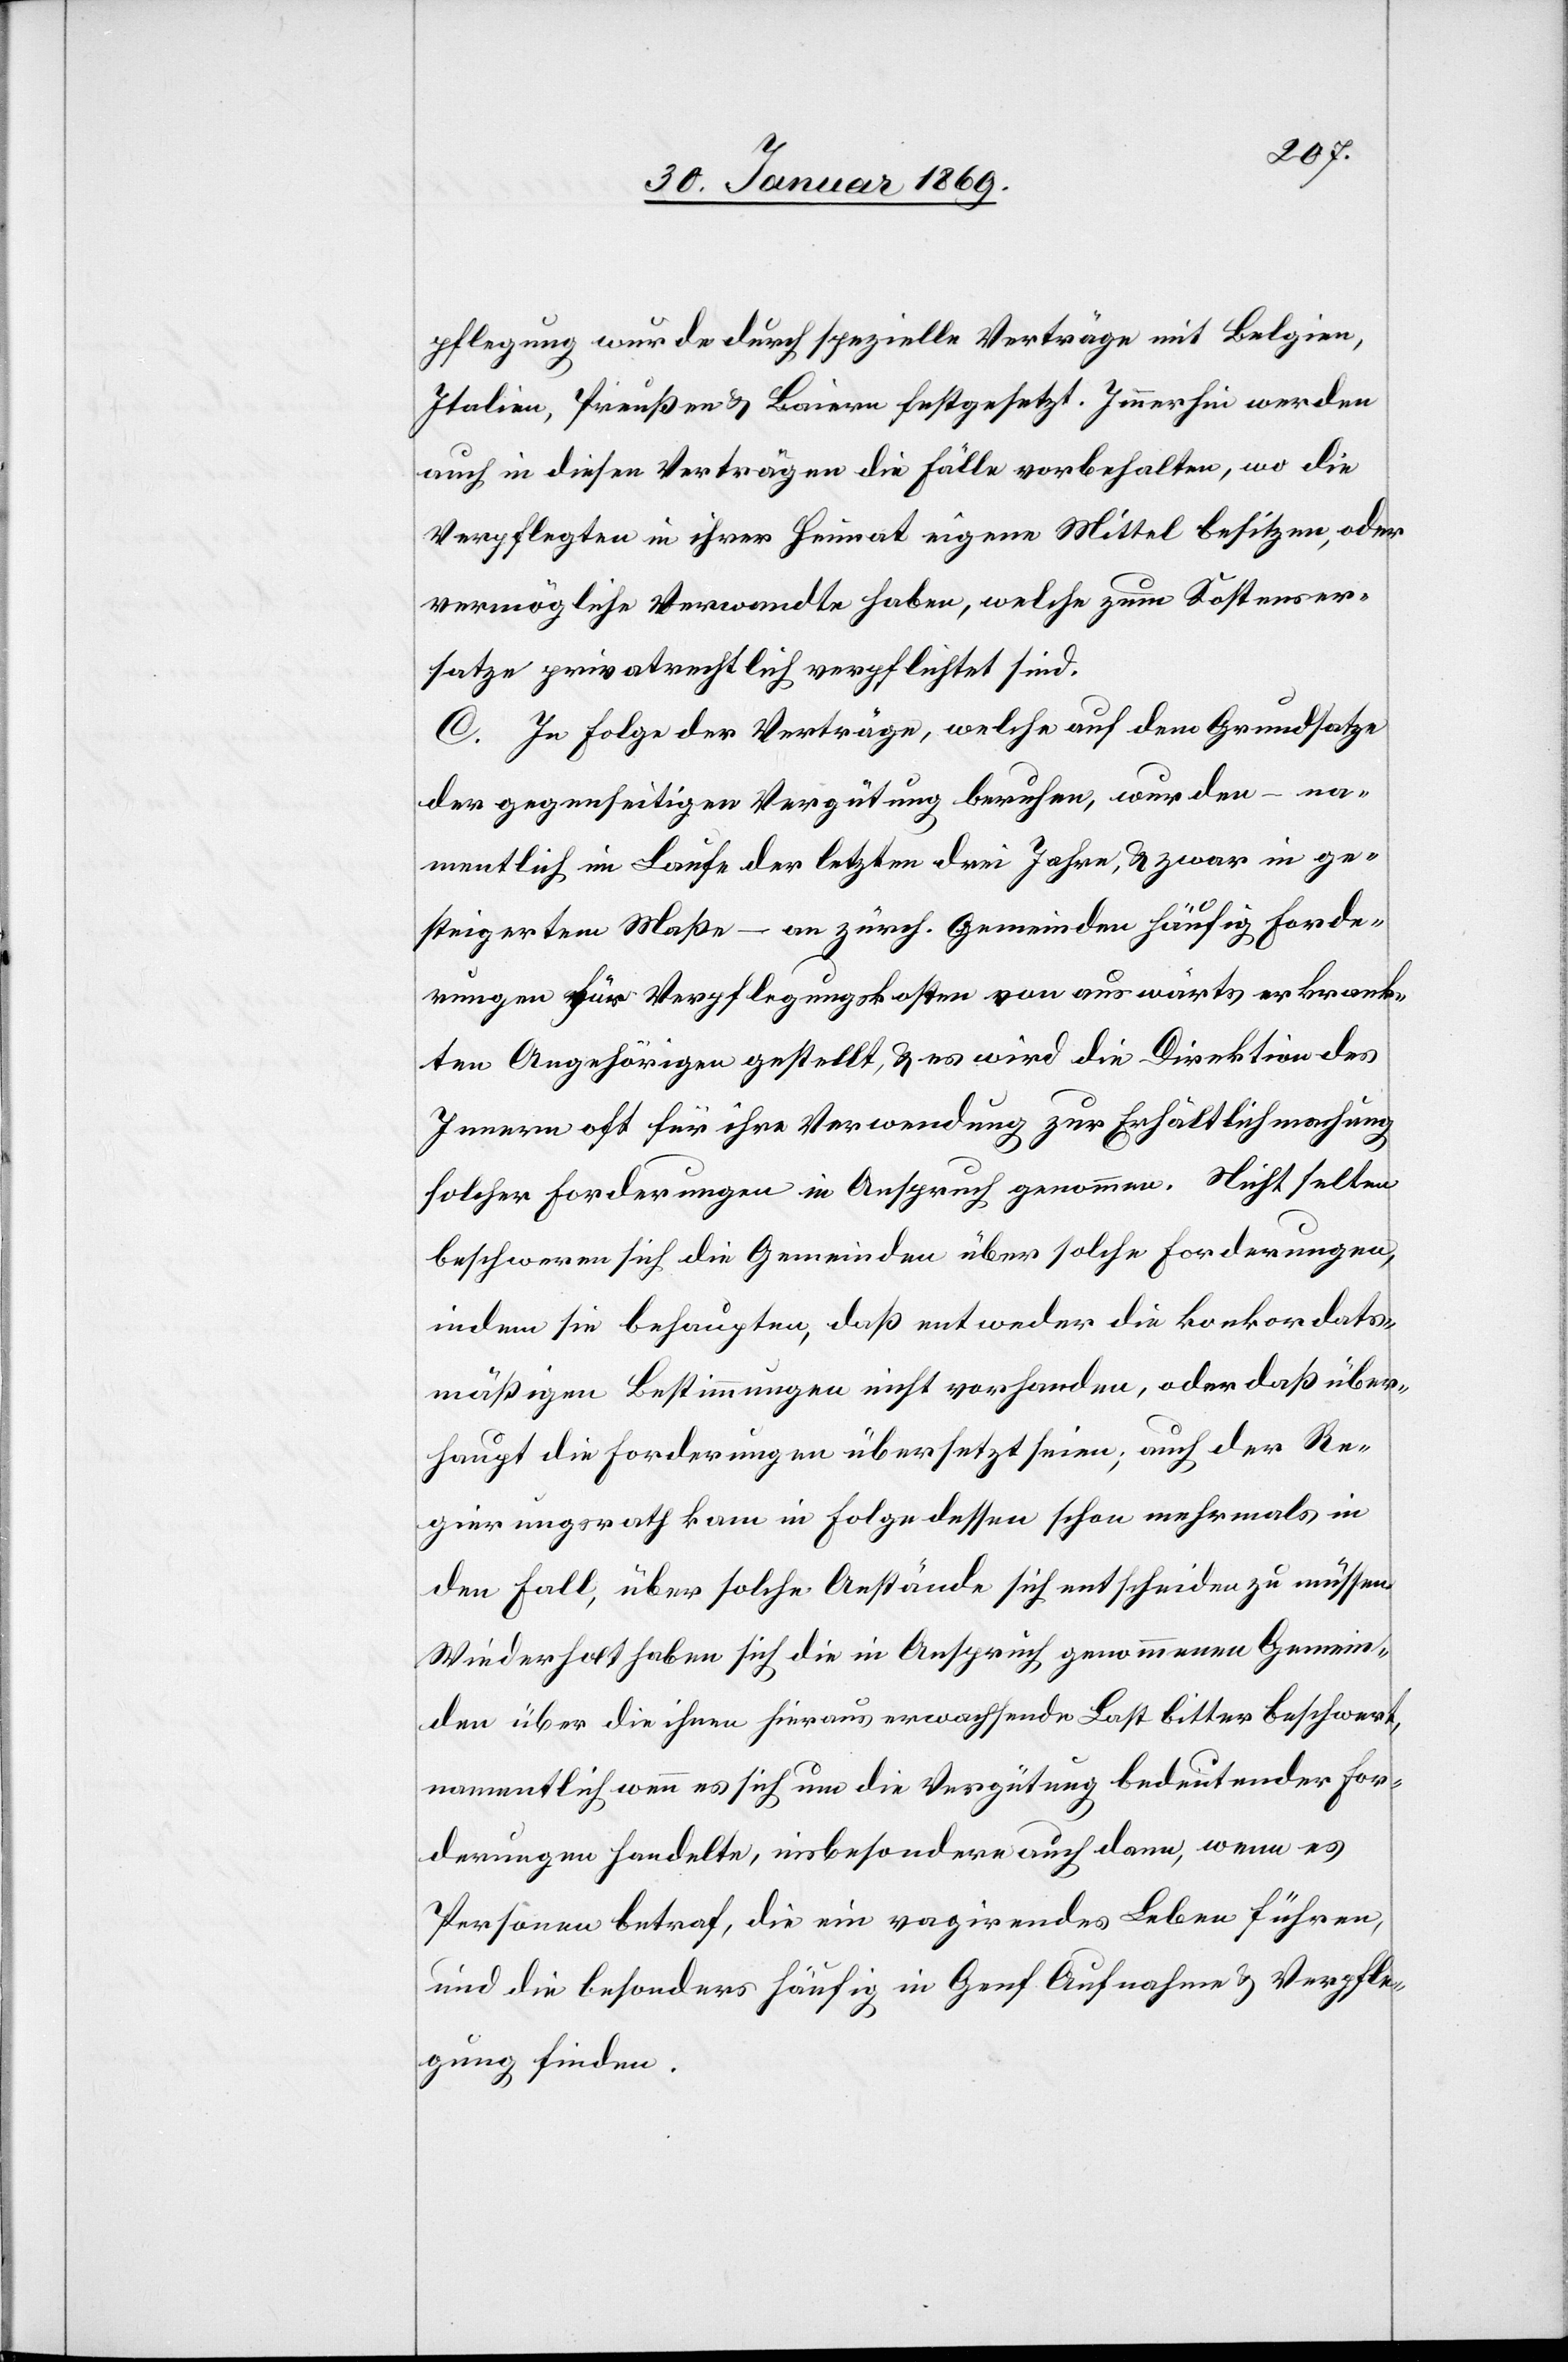
pflegung wurde durch spezielle Verträge mit Belgien,
Italien, Preußen & Baiern festgesetzt. Immerhin werden
auch in diesen Verträgen die Fälle vorbehalten, wo die
Verpflegten in ihrer Heimat eigene Mittel besitzen, oder
vermögliche Verwandte haben, welche zum Kostener¬
satze privatrechtlich verpflichtet sind.
C. In Folge der Verträge, welche auf dem Grundsatze
der gegenseitigen Vergütung beruhen, wurden – na¬
mentlich im Laufe der letzten drei Jahre, & zwar in ge¬
steigertem Maße – an zürch. Gemeinden häufig Forde¬
rungen für Verpflegungskosten von auswärts erkrank¬
ten Angehörigen gestellt & es wird die Direktion des
Innern oft für ihre Verwendung zur Erhältlichmachung
solcher Forderungen in Anspruch genommen. Nicht selten
beschweren sich die Gemeinden über solche Forderungen
indem sie behaupten, daß entweder die konkordats¬
mäßigen Bestimmungen nicht vorhanden, oder daß über¬
haupt die Forderungen übersetzt seien; auch der Re¬
gierungsrath kam in Folge dessen schon mehrmals in
den Fall, über solche Anstände sich entscheiden zu müssen.
Wiederholt haben sich die in Anspruch genommenen Gemein¬
den über die ihnen hieraus erwachsende Last bitter beschwert,
namentlich wenn es sich um die Vergütung bedeutender For¬
derungen handelte, insbesondere auch dann, wenn es
Personen betraf, die ein vagirendes Leben führen,
und die besonders häufig in Genf Aufnahme & Verpfle¬
gung finden.